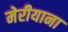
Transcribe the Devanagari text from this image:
मेरीयाना